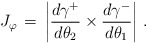
\begin{align*}J_\varphi \,=\, \left|\frac{d\gamma^+}{d\theta_2} \times \frac{d\gamma^-}{d\theta_1}\right|\,.\end{align*}